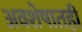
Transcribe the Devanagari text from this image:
अवशेषातही